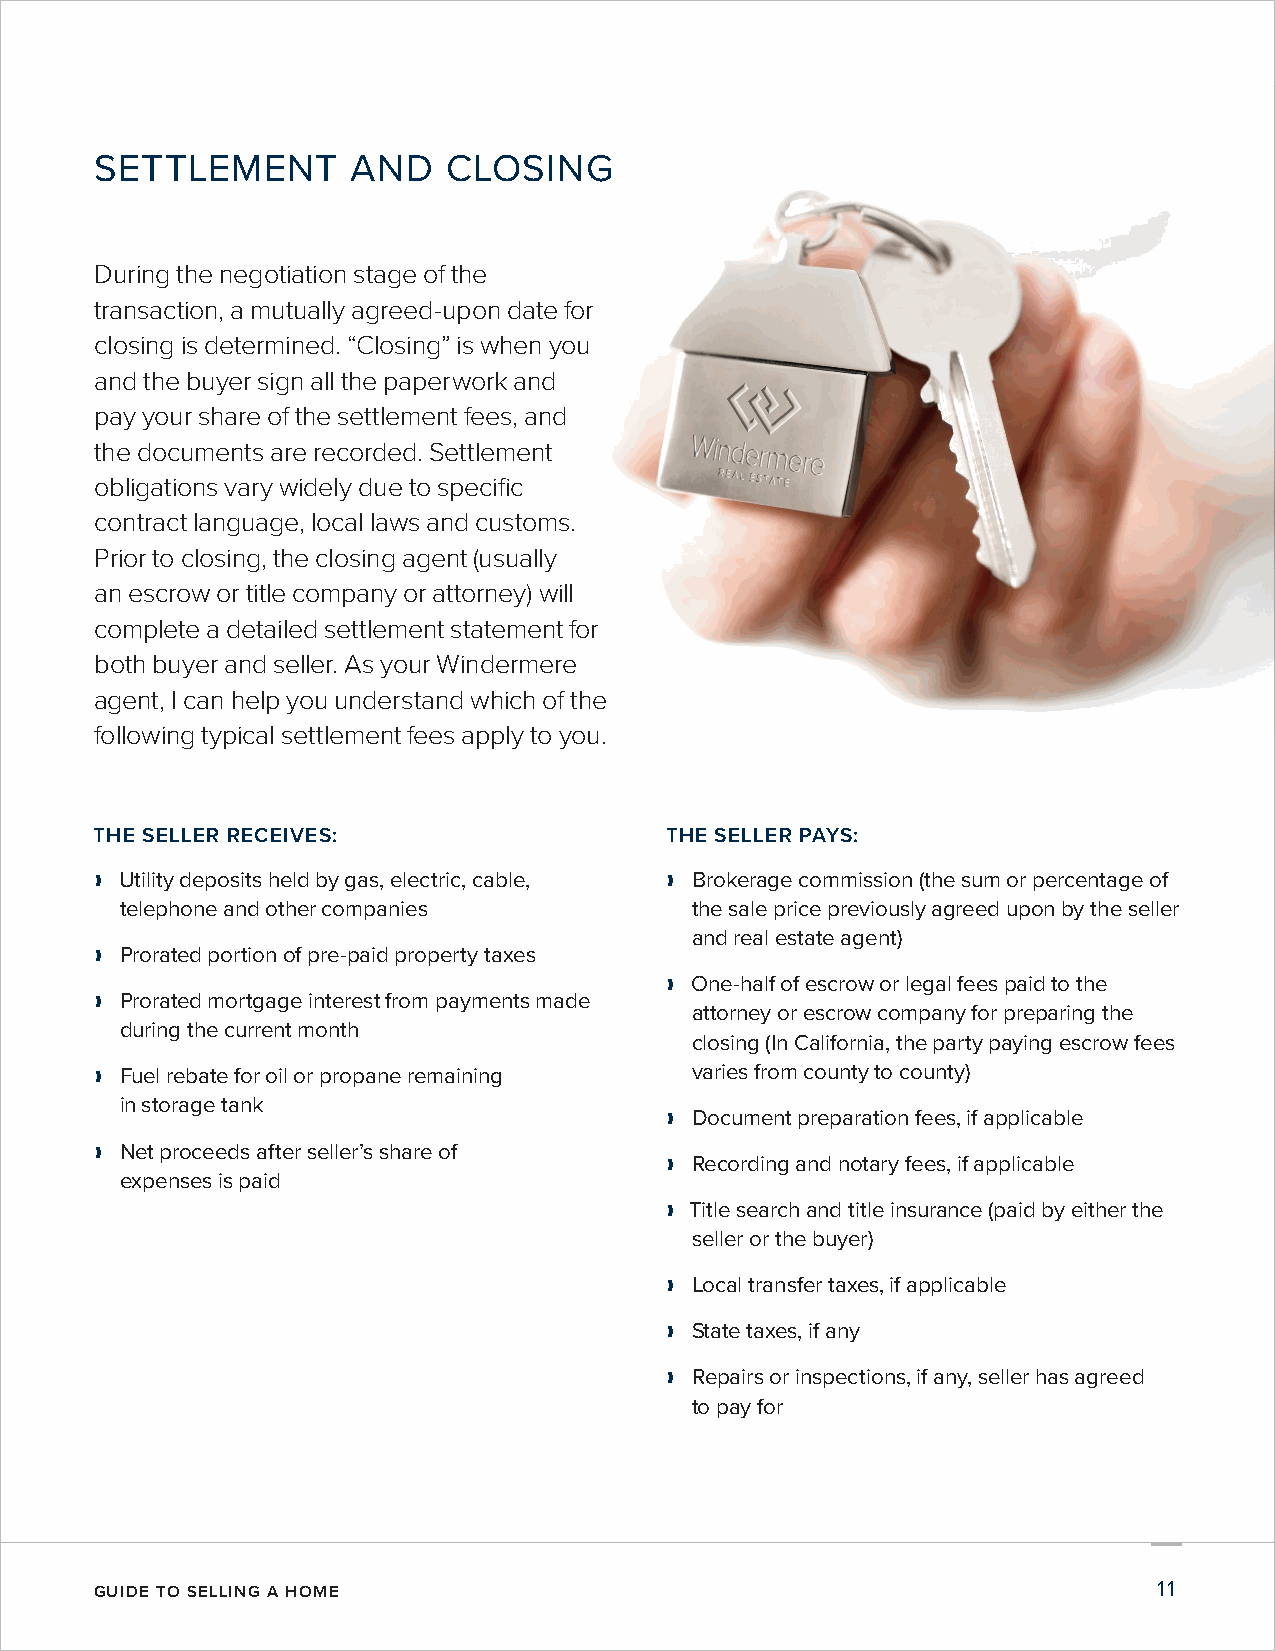
SETTLEMENT       AND    CLOSING
 During the negotiation stage of the
 transaction, a mutually agreed-upon date for
 closing is determined. “Closing” is when you
 and the buyer sign all the paperwork and
 pay your share of the settlement fees, and
 the documents are recorded. Settlement
 obligations vary widely due to specific
 contract language, local laws and customs.
 Prior to closing, the closing agent (usually
 an escrow or title company or attorney) will
 complete a detailed settlement statement for
 both buyer and seller. As your Windermere
 agent, I can help you understand which of the
 following typical settlement fees apply to you.
 THE SELLER RECEIVES:                  THE SELLER PAYS:
 ❱❱ Utility deposits held by gas, electric, cable, ❱❱ Brokerage commission (the sum or percentage of
 telephone and other companies         the sale price previously agreed upon by the seller
 and real estate agent)
 ❱❱ Prorated portion of pre-paid property taxes
 ❱❱ One-half of escrow or legal fees paid to the
 ❱❱ Prorated mortgage interest from payments made
 attorney or escrow company for preparing the
 during the current month
 closing (In California, the party paying escrow fees
 ❱❱ Fuel rebate for oil or propane remaining varies from county to county)
 in storage tank
 ❱❱ Document preparation fees, if applicable
 ❱❱ Net proceeds after seller’s share of
 ❱❱ Recording and notary fees, if applicable
 expenses is paid
 ❱❱ Title search and title insurance (paid by either the
 seller or the buyer)
 ❱❱ Local transfer taxes, if applicable
 ❱❱ State taxes, if any
 ❱❱ Repairs or inspections, if any, seller has agreed
 to pay for
 GUIDE TO SELLING A HOME                                                11